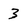
Character: 3